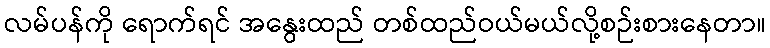
လမ်ပန်ကို ရောက်ရင် အနွေးထည် တစ်ထည်ဝယ်မယ်လို့စဉ်းစားနေတာ။